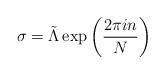
LaTeX: \begin{align*}\sigma=\tilde{\Lambda}\exp\left(\frac{2\pi in}{N}\right)\end{align*}